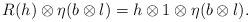
LaTeX: \begin{align*} R(h)\otimes \eta (b\otimes l)=h\otimes 1\otimes \eta (b\otimes l).\end{align*}